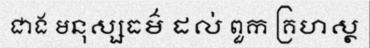
ជាង មនុស្សធម៌ ដល់ ពួក គ្រហស្ថ